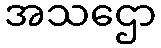
အသဌော